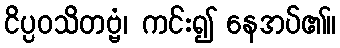
ငိပ္ပဝသိတဗ္ဗံ၊ ကင်း၍ နေအပ်၏။